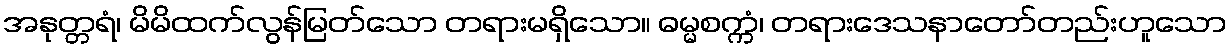
အနုတ္တရံ၊ မိမိထက်လွန်မြတ်သော တရားမရှိသော။ ဓမ္မစက္ကံ၊ တရားဒေသနာတော်တည်းဟူသော